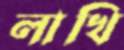
লাখি